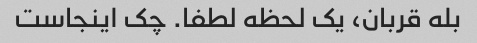
بله قربان، یک لحظه لطفا. چک اینجاست